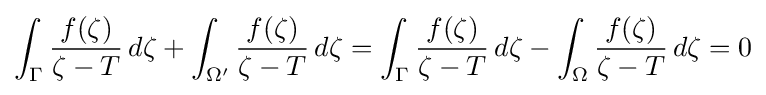
\int _{\Gamma }{\frac {f(\zeta )}{\zeta -T}}\,d\zeta +\int _{\Omega '}{\frac {f(\zeta )}{\zeta -T}}\,d\zeta =\int _{\Gamma }{\frac {f(\zeta )}{\zeta -T}}\,d\zeta -\int _{\Omega }{\frac {f(\zeta )}{\zeta -T}}\,d\zeta =0